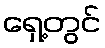
ရှေ့တွင်